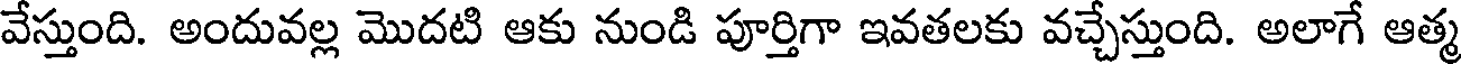
వేస్తుంది. అందువల్ల మొదటి ఆకు నుండి పూర్తిగా ఇవతలకు వచ్చేస్తుంది. అలాగే ఆత్మ